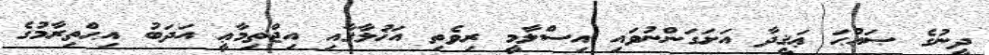
ދީނުގެ ޞައްޙަ ޢަޤީދާ އަށަގަންނުވައި އިސްލާމީ ރިވެތި އަޚުލާޤާއި އިޖްތިމާޢީ އަދަބު އިޙްތިރާމުގެ